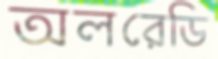
অলরেডি